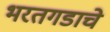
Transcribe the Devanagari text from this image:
भरतगडाचे